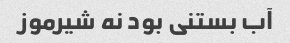
آب بستنی بود نه شیرموز